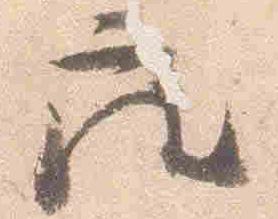
座